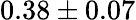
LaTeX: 0.38\pm 0.07